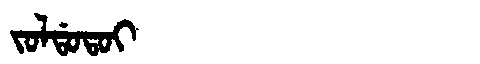
Manchu: ᠵᠣᠯᡩᠣᡨᠣᡳ
Romanization: JOLDOTOI